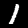
Label: 1